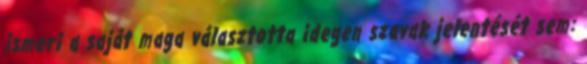
ismeri a saját maga választotta idegen szavak jelentését sem: